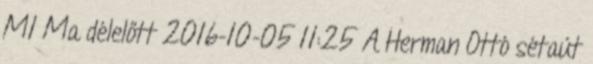
M1 Ma délelőtt 2016-10-05 11:25 A Herman Ottó sétaút